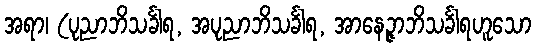
အရာ၊ (ပုညာဘိသင်္ခါရ, အပုညာဘိသင်္ခါရ, အာနေဉ္ဇာဘိသင်္ခါရဟူသော